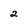
Character: 2